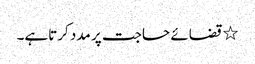
٭ قضائے حاجت پر مدد کرتاہے۔